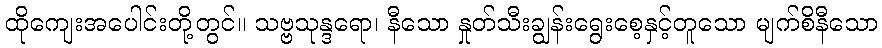
ထိုကျေးအပေါင်းတို့တွင်။ သဗ္ဗသုန္ဒရော၊ နီသော နှုတ်သီးချွန်းရွေးစေ့နှင့်တူသော မျက်စိနီသော